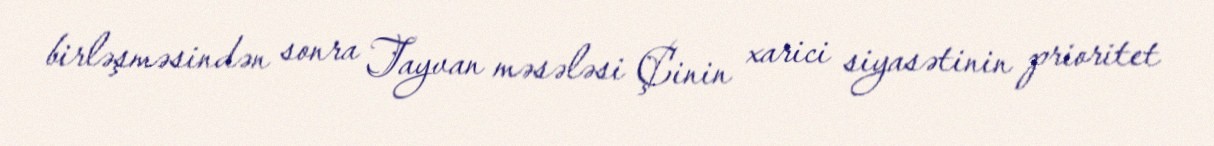
birləşməsindən sonra Tayvan məsələsi Çinin xarici siyasətinin prioritet